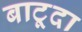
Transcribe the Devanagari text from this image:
बाटूदा